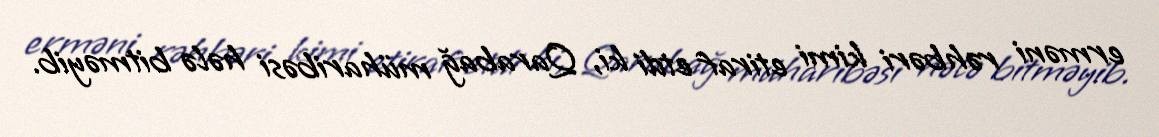
erməni rəhbəri kimi etiraf etdi ki, Qarabağ müharibəsi hələ bitməyib.